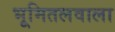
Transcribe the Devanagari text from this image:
भूमितलवाला